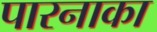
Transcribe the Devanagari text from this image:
पारनाका